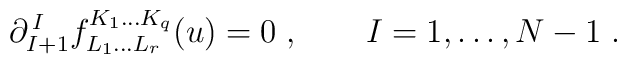
\partial^{\,I}_{I+1} f^{K_1\ldots K_q}_{L_1\ldots L_r}(u) = 0\;, \qquad I=1,\ldots, N-1\;.